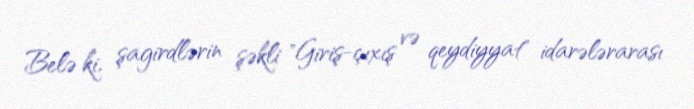
Belə ki, şagirdlərin şəkli "Giriş-çıxış və qeydiyyat" idarələrarası